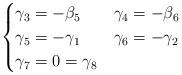
LaTeX: \begin{align*} \begin{cases}\gamma_3=-\beta_5 & \gamma_4=-\beta_6 \\\gamma_5=-\gamma_1 & \gamma_6=-\gamma_2 \\\gamma_7=0=\gamma_8\end{cases}\end{align*}